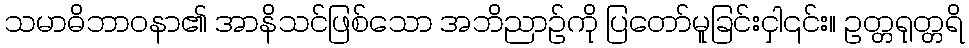
သမာဓိဘာဝနာ၏ အာနိသင်ဖြစ်သော အဘိညာဉ်ကို ပြတော်မူခြင်းငှါ၎င်း။ ဥတ္တရုတ္တရိ